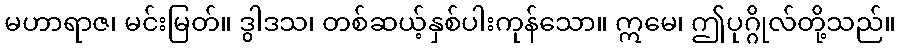
မဟာရာဇ၊ မင်းမြတ်။ ဒွါဒသ၊ တစ်ဆယ့်နှစ်ပါးကုန်သော။ ဣမေ၊ ဤပုဂ္ဂိုလ်တို့သည်။